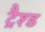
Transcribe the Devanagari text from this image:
ट्रैश्ड